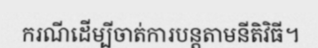
ករណីដើម្បីចាត់ការបន្តតាមនីតិវិធី។